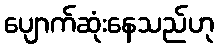
ပျောက်ဆုံးနေသည်ဟု